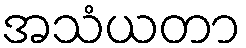
အသံယတာ